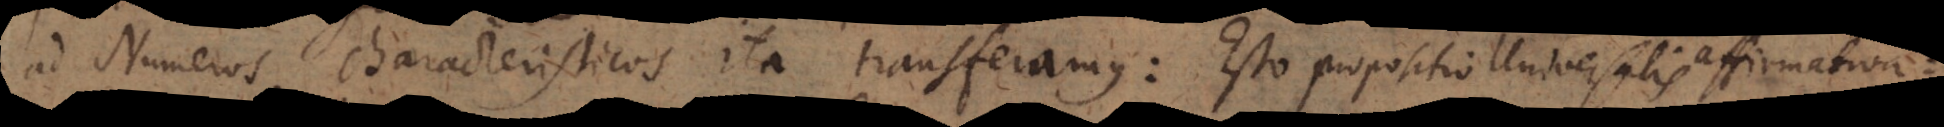
in Numeros characteristicos ita transferamus: Esto propositio Universalis affirma